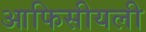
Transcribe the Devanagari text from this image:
आफिसीयली